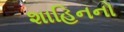
શાહિનનો